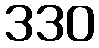
330